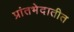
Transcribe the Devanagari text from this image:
प्रांतभेदातीत